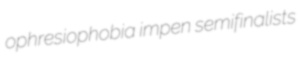
ophresiophobia impen semifinalists